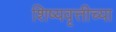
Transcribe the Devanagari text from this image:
शिष्यवृत्तीच्या